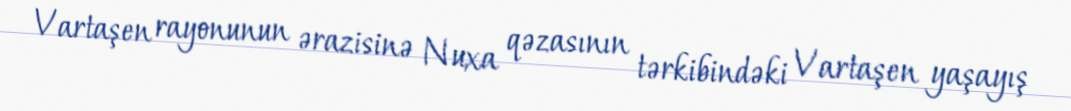
Vartaşen rayonunun ərazisinə Nuxa qəzasının tərkibindəki Vartaşen yaşayış